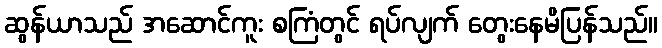
ဆွန်ယာသည် အဆောင်ကူး စကြံတွင် ရပ်လျက် တွေးနေမိပြန်သည်။